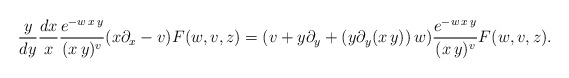
\begin{align*}\frac{y}{dy}\frac{dx}{x}\frac{e^{-w\,x\,y}}{(x\,y)^v}(x\partial_x-v)F(w,v,z)=(v+y\partial_y+ (y\partial_y(x\,y))\,w)\frac{e^{-w\,x\,y}}{(x\,y)^v}F(w,v,z).\end{align*}